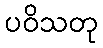
ပဝိသတု